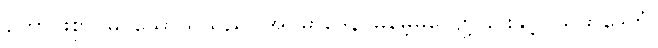
ကောင်းစွာ မြင်သောသူသည်။ အပ္ပမာဒေန၊ မမေ့မလျော့ခြင်းနှင့်။ သမ္ပာဒေတုံ၊